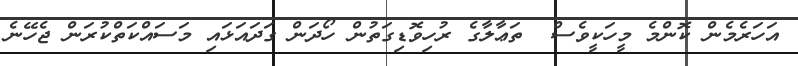
އަހަރެމެން ކޮންމެ މީހަކީވެސް  ތަޢާލާގެ ރުހިވޮޑިގަތުން ހޯދަން ގަދައަޅައި މަސައްކަތްކުރަން ޖެހޭނެ